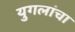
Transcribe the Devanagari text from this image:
युगलांचा